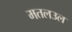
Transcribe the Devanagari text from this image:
मतलउल